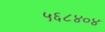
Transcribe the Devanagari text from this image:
५६८४०४